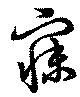
寐